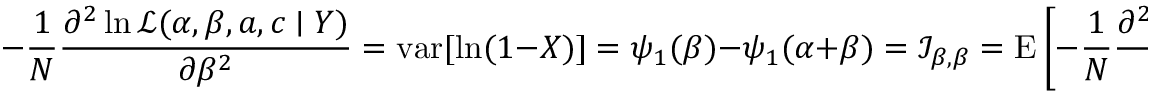
- { \frac { 1 } { N } } { \frac { \partial ^ { 2 } \ln { \mathcal { L } } ( \alpha , \beta , a , c \mid Y ) } { \partial \beta ^ { 2 } } } = \operatorname { v a r } [ \ln ( 1 - X ) ] = \psi _ { 1 } ( \beta ) - \psi _ { 1 } ( \alpha + \beta ) = { \mathcal { I } } _ { \beta , \beta } = \operatorname { E } \left[ - { \frac { 1 } { N } } { \frac { \partial ^ { 2 } \ln { \mathcal { L } } ( \alpha , \beta , a , c \mid Y ) } { \partial \beta ^ { 2 } } } \right] = \ln ( \operatorname { v a r _ { G ( 1 - X ) } } )